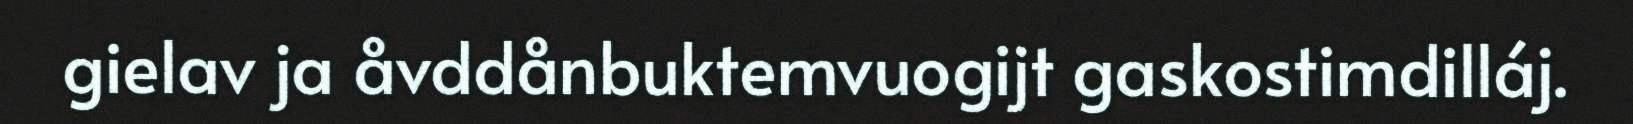
gielav ja åvddånbuktemvuogijt gaskostimdilláj.